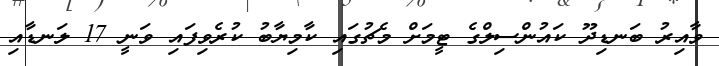
ވާއިރު ބަނޑިދޫ ކައުންސިލްގެ ޓީމަށް މެޗުގައި ކާމިޔާބު ކުރެވިފައި ވަނީ 17 ލަނޑާއި